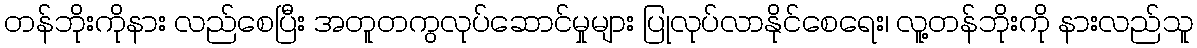
တန်ဘိုးကိုနား လည်စေပြီး အတူတကွလုပ်ဆောင်မှုများ ပြုလုပ်လာနိုင်စေရေး၊ လူ့တန်ဘိုးကို နားလည်သူ